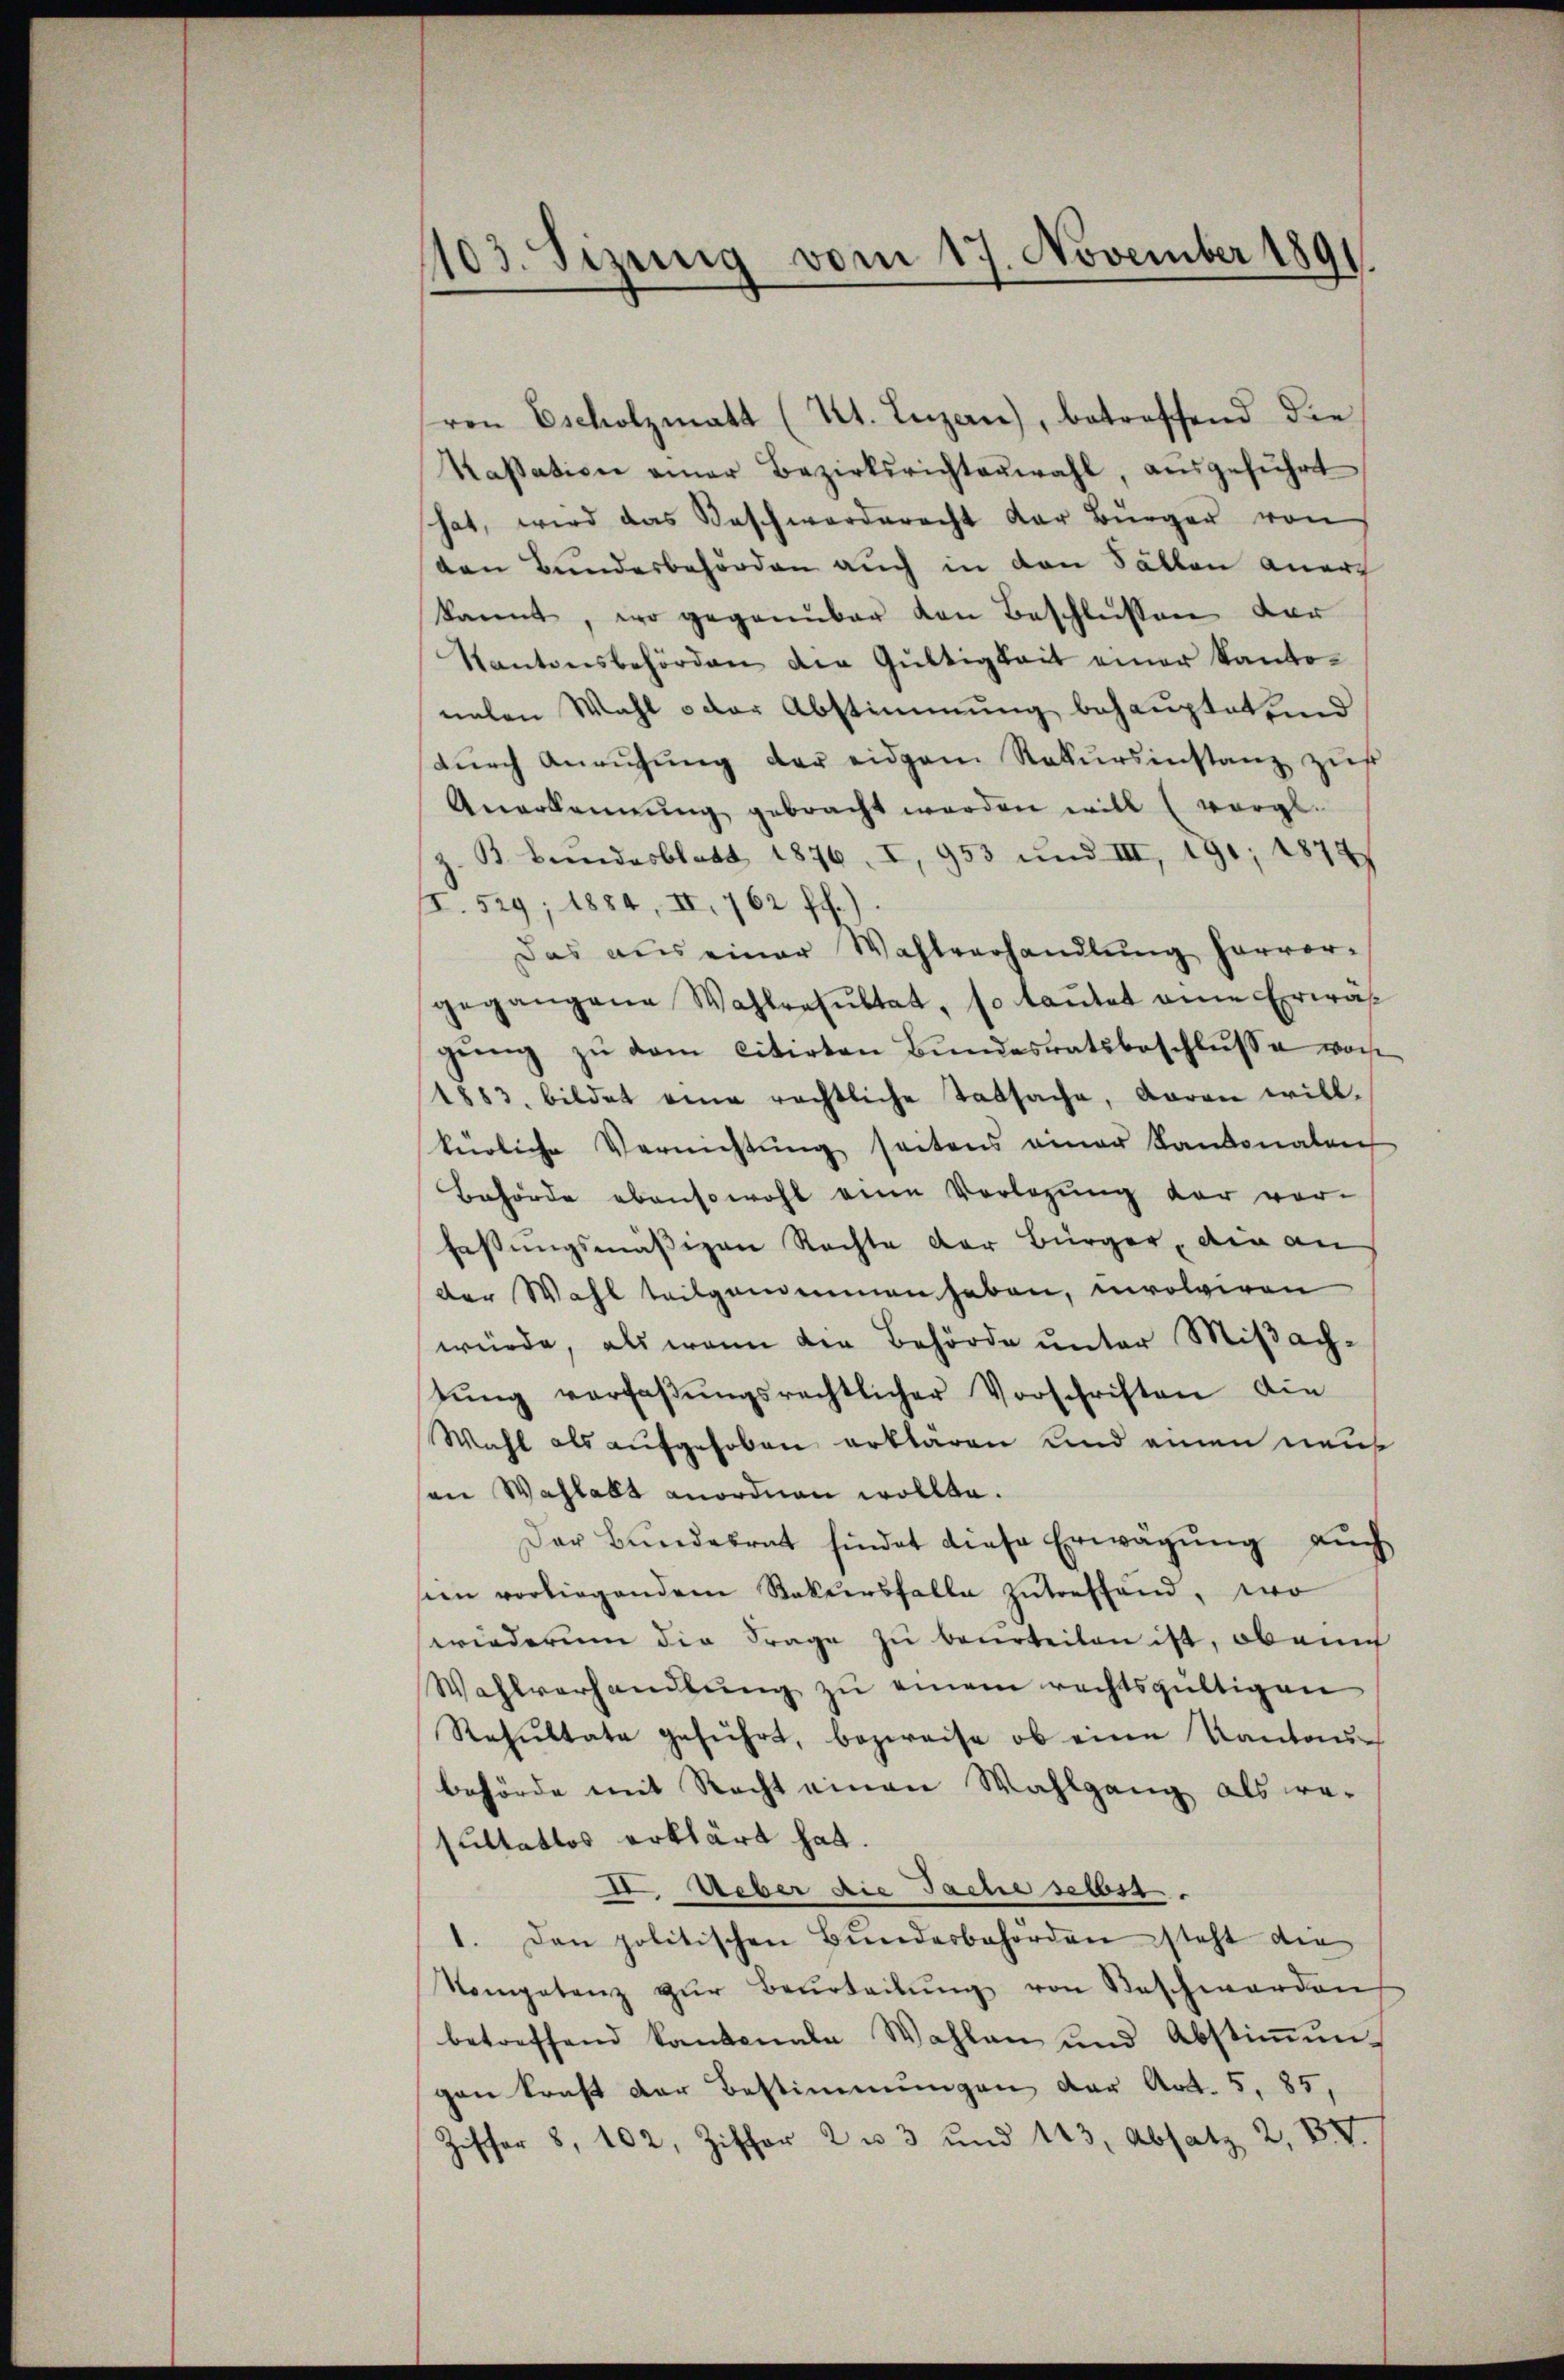
1103. Sizung vom 17. November 1891.

ron Escholzmatt (Kt. Luzern), betreffend die
Kassation einer Bezirksrichterwahl, ausgeführt
hat, wird das Beschwerderacht der Bürger von
den Bundesbehörden auch in den Fällen aner
kannt, wo gegenüber von Beschlussen der
Kantonsbehörden die Gültigkeit einer Kanto-
nalen Wahl oder Abstimmung behauptet und
durch Anrufung der eidgem Rekursinstanz zur
Anerkennung gebracht werden will (vergl.
B Beendesblatt 1876, I, 953 und III, 191; 1874
I. 529, 1884, II, 762 ff.).
Das aus einer Wahlverhandlŭng hervor-
gegangene Wahlresŭltat, so laŭtet eine Erwäh
gŭng zŭ dem citirten Bŭndesratsbeschlŭsse woch
1883, bildet eine rechtliche Tatsache, daran will.
kürliche Vernichtung seitens einer Kantonalen
Behörde ebensowohl eine Vorlegung der vor-
fassungsmäßigen Rechte der Bürger, die an
der Wahl teilgenommen haben, involviren
würde, als wenn die Behörde unter Miβachtŭng verlaβŭngsrechtlicher Vorschriften die
Wahl als aufgehoben erklären und einen neue
on Wahlallt anordnen wollte.
Der Bundesrat findet diese Erwägung auch
sien vorliegendem Rekursfalle zŭtreffend, wo
wiederum die Frage zu beurteilen ist, ob ein
Wahlverhandlŭng zŭ einem rechtsgültigen
Resultate geführt, bezweife, ob eine Kantonsbehörde mit Recht einen Wahlgang als re-
sultatlos erklärt hat.
2. Ueber die Sache selbst.
1. Den politischen Bŭndesbehörden steht die
Kompetenz zŭr Beurteilŭng von Beschwerden
betreffend kantonale Wahlen und Abstimmungen kraft der Bestimmungen der Art. 5, 85,
Ziffer 8, 102, Ziffer 2 u 3 und 113, Absatz 2, VV.